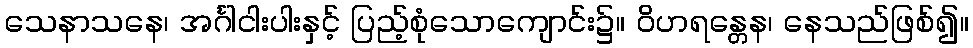
သေနာသနေ၊ အင်္ဂါငါးပါးနှင့် ပြည့်စုံသောကျောင်း၌။ ဝိဟရန္တေန၊ နေသည်ဖြစ်၍။